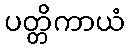
ပတ္တိကာယံ